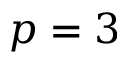
p = 3